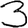
Digit: 3